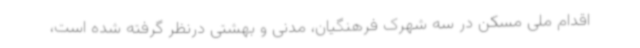
اقدام ملی مسکن در سه شهرک فرهنگیان، مدنی و بهشتی درنظر گرفته شده است،